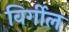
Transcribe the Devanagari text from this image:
विर्गील